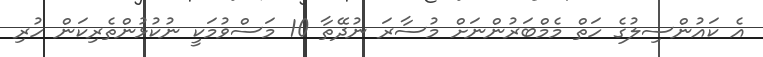
އެ ކައުންސިލުގެ ހަތް މެމްބަރުންނަށް މުސާރަ ނުދޭތާ 10 މަސްވުމަކީ ނުކުޅުންތެރިކަން ހުރި